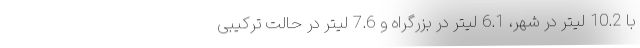
با 10.2 لیتر در شهر، 6.1 لیتر در بزرگراه و 7.6 لیتر در حالت ترکیبی